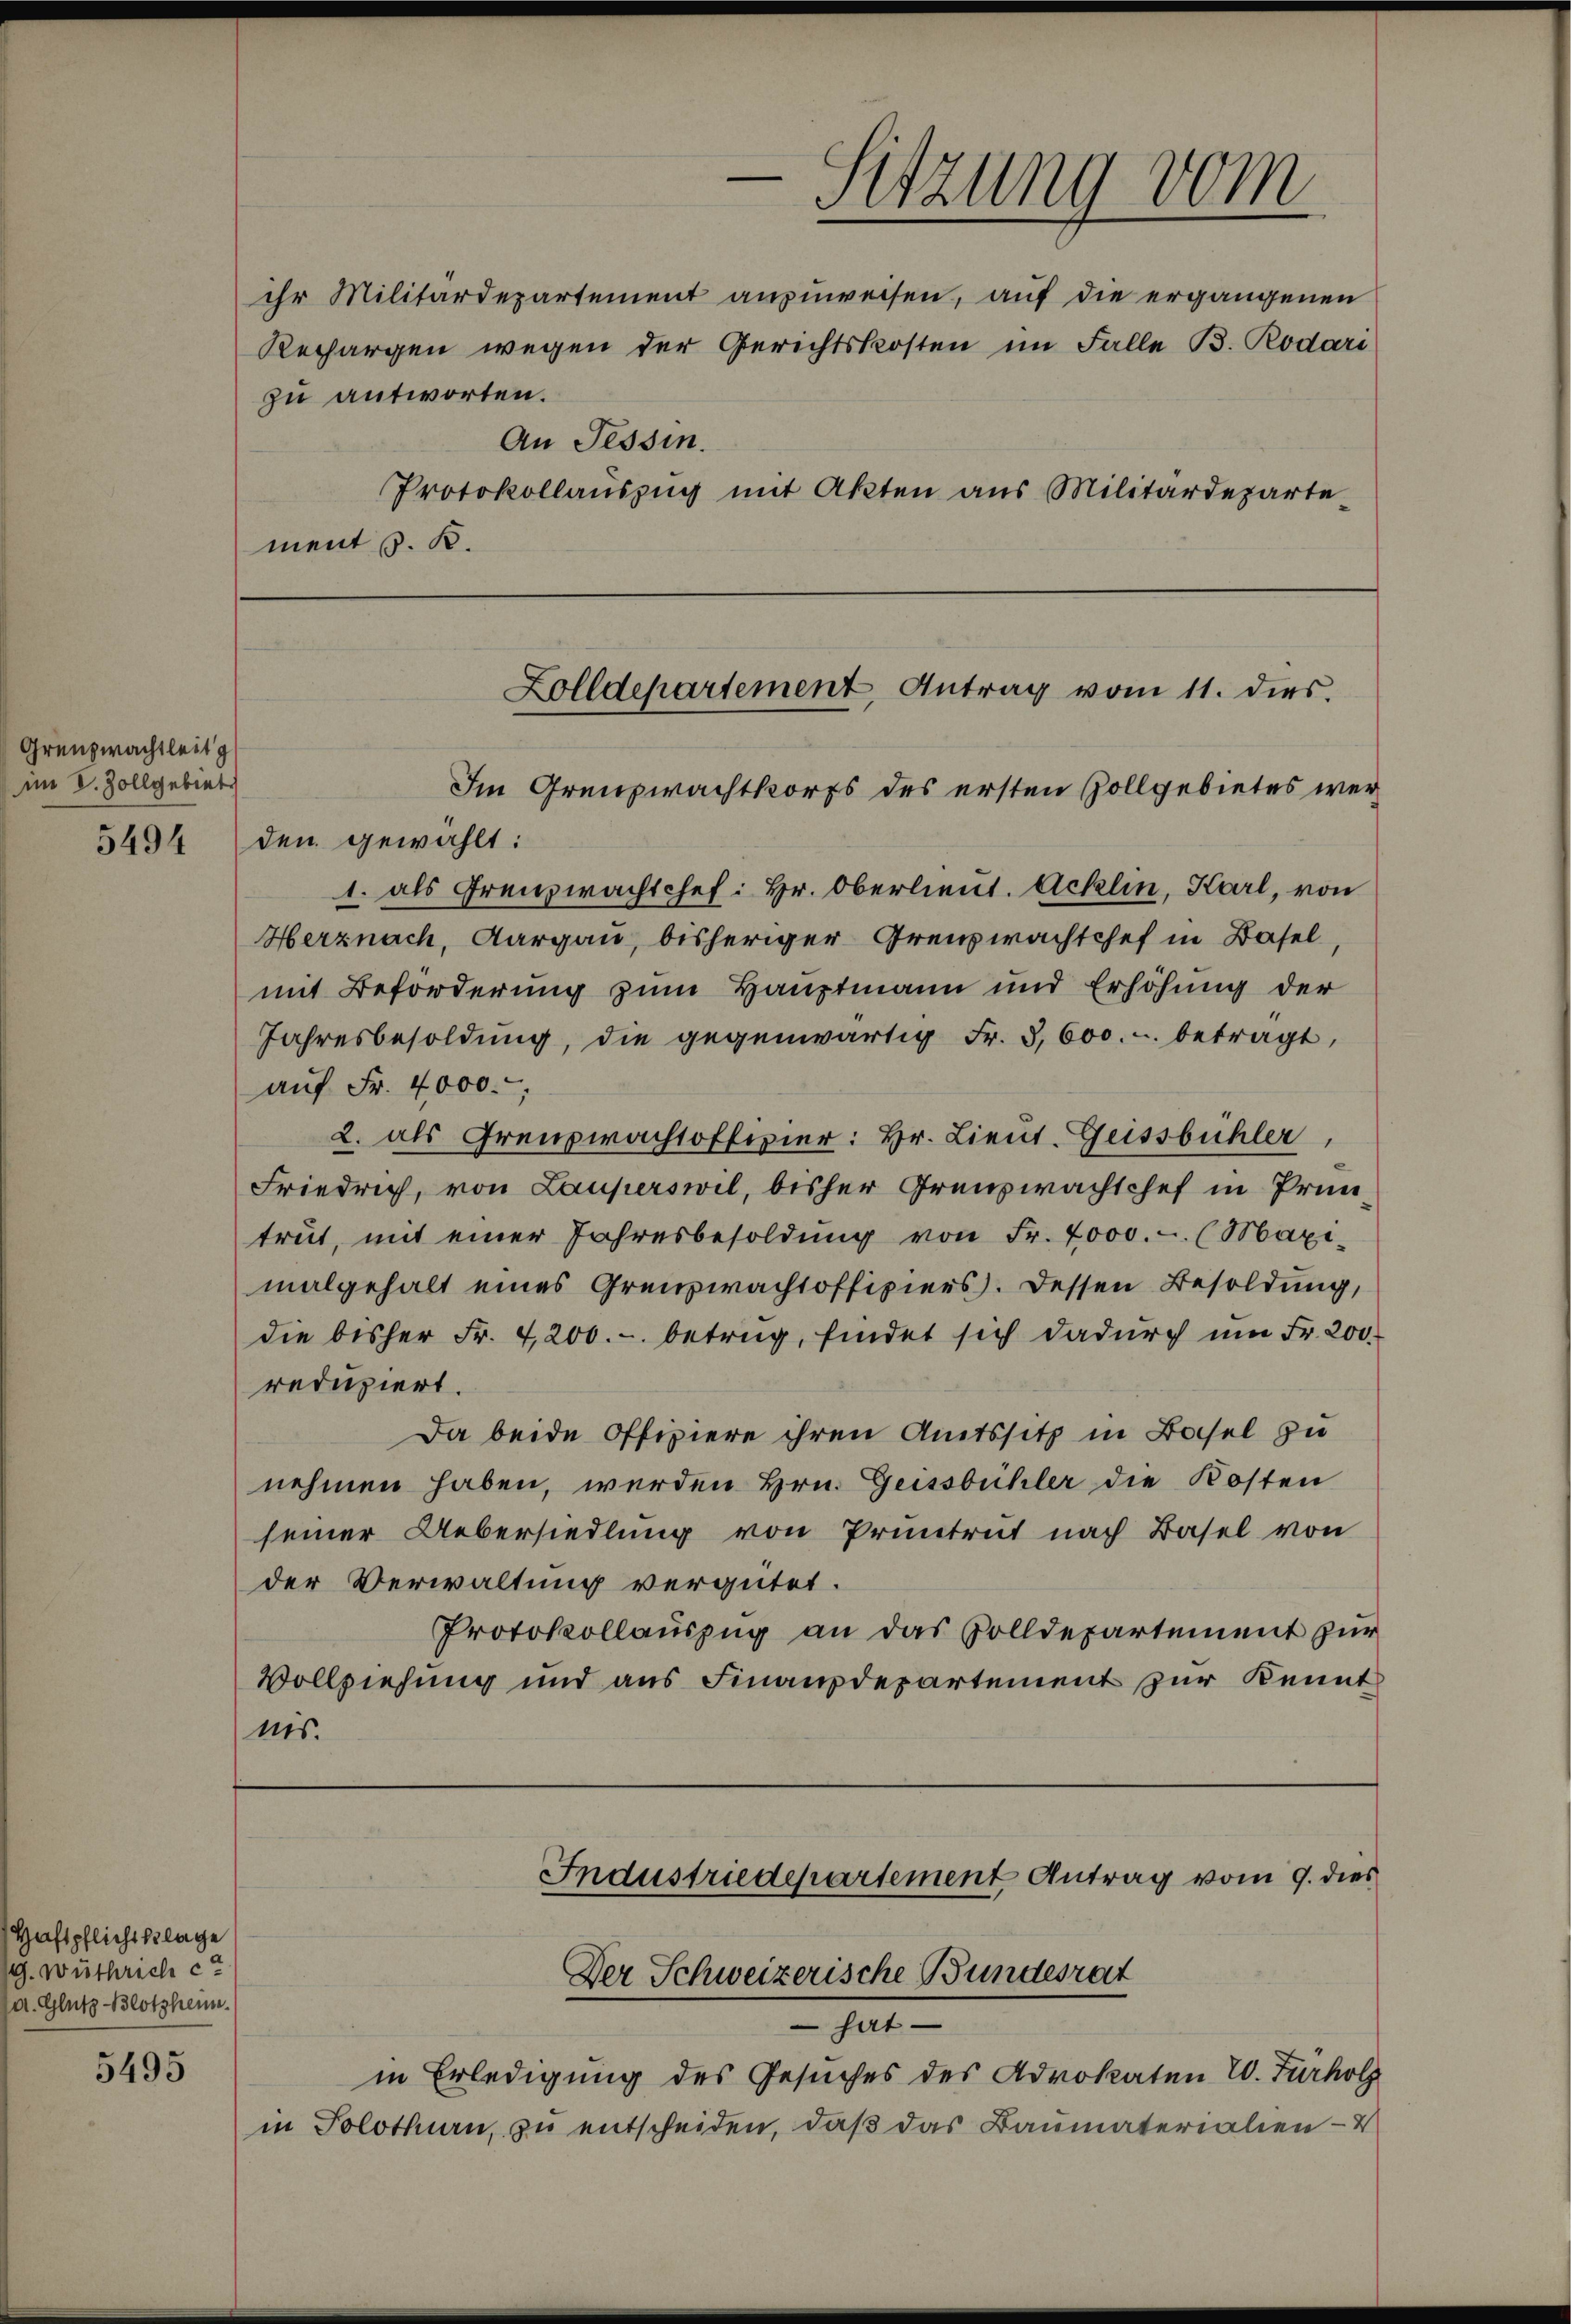
Grenzwachtleit g
im V. Zollgebiet

5494

Haftpflicht klage
G. Wüthrich ca
a. Glutz Blotzheim.

5495

ihr Militärdepartement anzuweisen, auf die ergangenen
Rechargen wegen der Gerichtskosten im Falle B. Rodari
zu antworten.
An Tessin.
Protokollaŭszŭg mit Akten aus Militärdeparte-
ment s. R.

Im Grenzwachtkorps des ersten Zollgebietes werden gewählt:
1. als Frenzwachtchef: Hr. Oberlieut. Acklin, Karl, von
Herznach, Aargau, bisheriger Grenzwachtchef in Basel,
mit Beförderung zum Hauptmann und Erhöhung der
Jahresbesoldŭng, die gegenwärtig Fr. 3, 600. u. betragt,
auf Fr. 4000.
2. als Grenzwachtoffizier: Hr. Lieŭt. Geissbühler,
Friedrich, von Lauperswil, bisher Grenzwachtchef in Prüntrut, mit einer Jahresbesoldŭng von Fr. 4000.- (Maximalgehalt eines Grenzwachtoffiziers. Dessen Besoldung,
die bisher Fr. 4200.- betrug, findet sich dadŭrch ŭm Fr. 200.
reduziert.
Da beide Offiziere ihren Amtssitz in Basel zu
nehmen haben, werden Hrn. Geissbühler die Kosten
seiner Uebersiedlung von Pruntrut nach Basel von
der Verwaltung vergütet.
Protokollauszug an das Solldepartement zur
Vollziehung und aus Finanzdepartement zur Kennt
nis.

Industriedepartement Antrag vom 9. dies
Der Schweizerische Bundesrat
 hat
in Erledigung des Gesuches des Advokaten W. Fürholz
in Solothurn, zu entscheiden, daß das Baumaterialien- &

Sitzung vom

Zolldepartement Antrag vom 11. dies